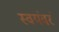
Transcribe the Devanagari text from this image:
स्वयंवरं